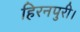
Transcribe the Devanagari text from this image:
हिरनपुरी।